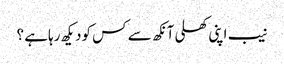
نیب اپنی کھلی آنکھ سے کس کودیکھ رہاہے ؟